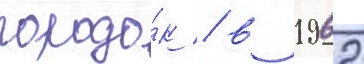
городо́к / в 1962